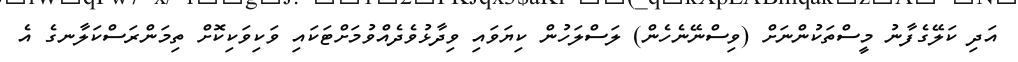
އަދި ކަލޭގެފާނު މީސްތަކުންނަށް (ވިސްނޭނެހެން) ލަސްލަހުން ކިޔަވައި ވިދާޅުވެދެއްވުމަށްޓަކައި ވަކިވަކިކޮށް ތިމަންރަސްކަލާނގެ އެ